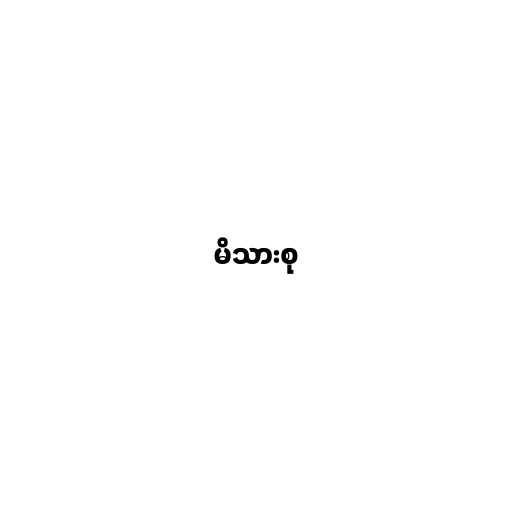
မိသားစု